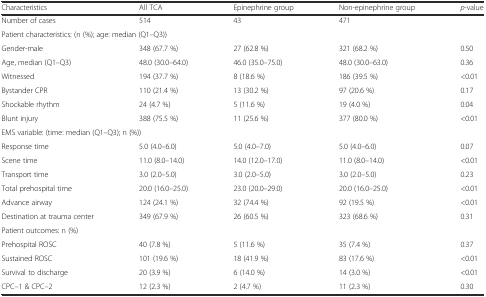
| Characteristics | All TCA | Epinephrine group | Non-epinephrine group | p-value |
 | --- | --- | --- | --- | --- |
 | Number of cases | 514 | 43 | 471 |  |
 | <COLSPAN=5> Patient characteristics: (n (%); age: median (Q1–Q3)) |
 | Gender-male | 348 (67.7 %) | 27 (62.8 %) | 321 (68.2 %) | 0.50 |
 | Age, median (Q1–Q3) | 48.0 (30.0–64.0) | 46.0 (35.0–75.0) | 48.0 (30.0–63.0) | 0.36 |
 | Witnessed | 194 (37.7 %) | 8 (18.6 %) | 186 (39.5 %) | <0.01 |
 | Bystander CPR | 110 (21.4 %) | 13 (30.2 %) | 97 (20.6 %) | 0.17 |
 | Shockable rhythm | 24 (4.7 %) | 5 (11.6 %) | 19 (4.0 %) | 0.04 |
 | Blunt injury | 388 (75.5 %) | 11 (25.6 %) | 377 (80.0 %) | <0.01 |
 | <COLSPAN=5> EMS variable: (time: median (Q1–Q3); n (%)) |
 | Response time | 5.0 (4.0–6.0) | 5.0 (4.0–7.0) | 5.0 (4.0–6.0) | 0.07 |
 | Scene time | 11.0 (8.0–14.0) | 14.0 (12.0–17.0) | 11.0 (8.0–14.0) | <0.01 |
 | Transport time | 3.0 (2.0–5.0) | 3.0 (2.0–5.0) | 3.0 (2.0–5.0) | 0.23 |
 | Total prehospital time | 20.0 (16.0–25.0) | 23.0 (20.0–29.0) | 20.0 (16.0–25.0) | <0.01 |
 | Advance airway | 124 (24.1 %) | 32 (74.4 %) | 92 (19.5 %) | <0.01 |
 | Destination at trauma center | 349 (67.9 %) | 26 (60.5 %) | 323 (68.6 %) | 0.31 |
 | <COLSPAN=5> Patient outcomes: n (%) |
 | Prehospital ROSC | 40 (7.8 %) | 5 (11.6 %) | 35 (7.4 %) | 0.37 |
 | Sustained ROSC | 101 (19.6 %) | 18 (41.9 %) | 83 (17.6 %) | <0.01 |
 | Survival to discharge | 20 (3.9 %) | 6 (14.0 %) | 14 (3.0 %) | <0.01 |
 | CPC–1 & CPC–2 | 12 (2.3 %) | 2 (4.7 %) | 11 (2.3 %) | 0.30 |